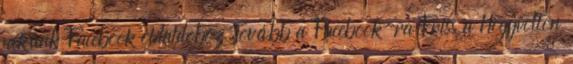
nekünk Facebook oldaldoboz Tovább a Facebook-ra Friss a Hogyvolton